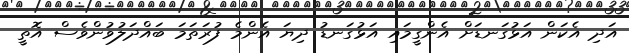
އަދި އެކަން އަޅުގަނޑަށް އެންގީމައި އަޅުގަނޑު ދިޔަ އެންމެ ފުރަތަމަ ބައްދަލުވުންވެސް އޮތީ